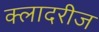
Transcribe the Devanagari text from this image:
क्लादरीज